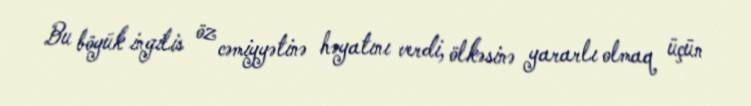
Bu böyük ingilis öz cəmiyyətinə həyatını verdi, ölkəsinə yararlı olmaq üçün